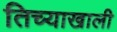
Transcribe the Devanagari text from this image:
तिच्याखाली